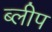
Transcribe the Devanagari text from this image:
ब्लीप